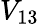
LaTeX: V_{13}